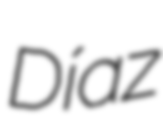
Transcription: Díaz